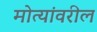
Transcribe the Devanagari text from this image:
मोत्यांवरील